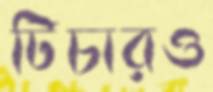
টিচারও